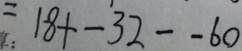
= 1 8 + - 3 2 - - 6 0